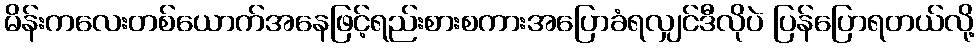
မိန်းကလေးတစ်ယောက်အနေဖြင့်ရည်းစားစကားအပြောခံရလျှင်ဒီလိုပဲ ပြန်ပြောရတယ်လို့